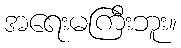
အရေးမကြီးဘူး။